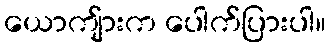
ယောကျ်ားက ပေါက်ပြားပါ။